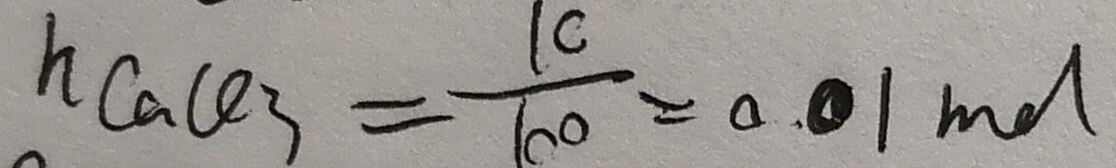
h C a C O _ { 3 } = \frac { 1 0 } { 1 0 0 } = 0 . 0 1 m o l